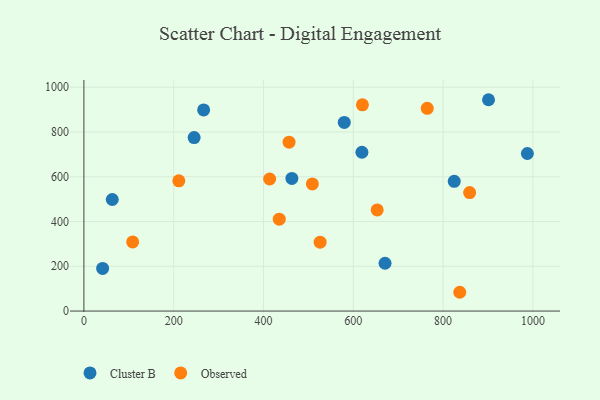
{"axis": {"x": "Distance", "y": "Rating"}, "legend": ["Cluster B", "Observed"], "data": [{"x": "901.2", "y": 944.1, "type": "Cluster B"}, {"x": "824.8", "y": 579.5, "type": "Cluster B"}, {"x": "245.5", "y": 775.2, "type": "Cluster B"}, {"x": "41.7", "y": 190.4, "type": "Cluster B"}, {"x": "619.2", "y": 709.5, "type": "Cluster B"}, {"x": "266.7", "y": 898.7, "type": "Cluster B"}, {"x": "63.2", "y": 498.3, "type": "Cluster B"}, {"x": "670.7", "y": 213.6, "type": "Cluster B"}, {"x": "579.9", "y": 842.6, "type": "Cluster B"}, {"x": "463.2", "y": 592.6, "type": "Cluster B"}, {"x": "987.7", "y": 703.9, "type": "Cluster B"}, {"x": "837.1", "y": 83.9, "type": "Observed"}, {"x": "435.1", "y": 410.4, "type": "Observed"}, {"x": "764.7", "y": 905.5, "type": "Observed"}, {"x": "456.9", "y": 754.3, "type": "Observed"}, {"x": "413.7", "y": 590.0, "type": "Observed"}, {"x": "508.8", "y": 568.0, "type": "Observed"}, {"x": "859.1", "y": 529.3, "type": "Observed"}, {"x": "211.4", "y": 582.0, "type": "Observed"}, {"x": "108.6", "y": 308.8, "type": "Observed"}, {"x": "620.3", "y": 921.1, "type": "Observed"}, {"x": "653.2", "y": 451.8, "type": "Observed"}, {"x": "526.1", "y": 307.9, "type": "Observed"}]}